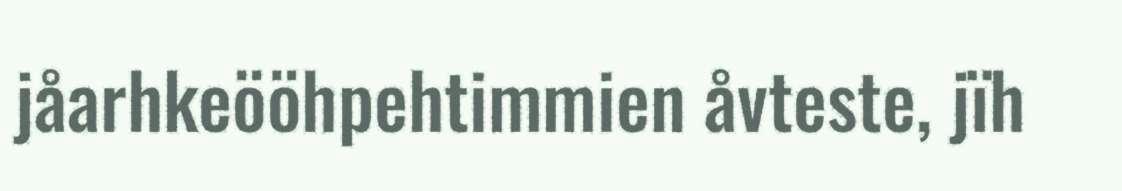
jåarhkeööhpehtimmien åvteste, jïh